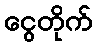
ငွေတိုက်